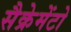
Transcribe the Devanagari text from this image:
सैक्रेमेंटो